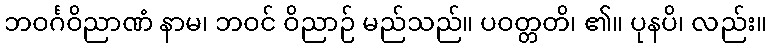
ဘဝင်္ဂဝိညာဏံ နာမ၊ ဘဝင် ဝိညာဉ် မည်သည်။ ပဝတ္တတိ၊ ၏။ ပုနပိ၊ လည်း။